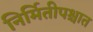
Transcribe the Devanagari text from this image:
निर्मितीपश्चात